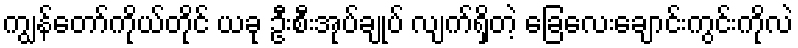
ကျွန်တော်ကိုယ်တိုင် ယခု ဦးစီးအုပ်ချုပ် လျက်ရှိတဲ့ ခြေလေးချောင်းကွင်းကိုလဲ